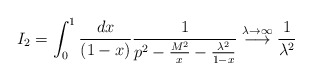
\begin{align*}I_2 = \int_0^1 \frac{dx}{(1-x)} \frac{1}{p^2-\frac{M^2}{x}-\frac{\lambda^2}{1-x}}\stackrel{\lambda \rightarrow \infty}{\longrightarrow}\frac{1}{\lambda^2}\end{align*}